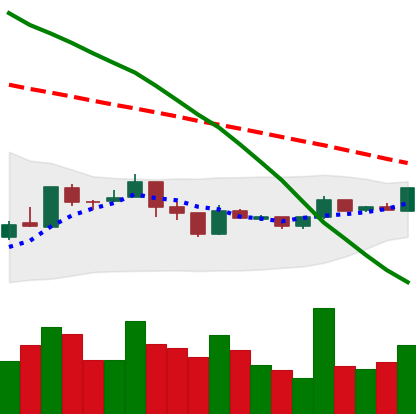
Ticker: XMR-USD
Chart end date: 2019-01-06
Forward return: -16.531%
Label: down_7plus